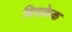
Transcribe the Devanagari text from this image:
बिशकेक